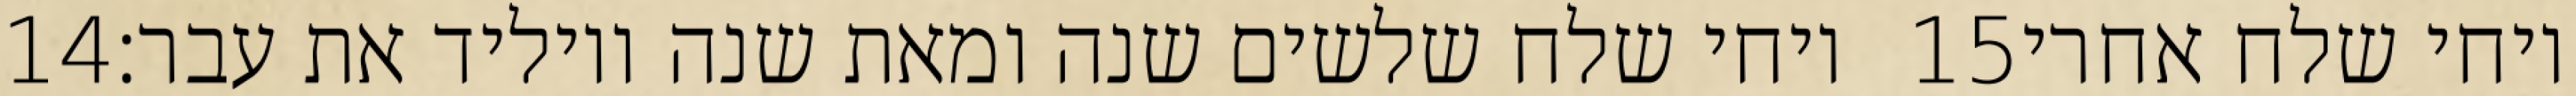
‎14‏ ויחי שלח שלשים שנה ומאת שנה ויוליד את עבר׃ ‎15‏ ויחי שלח אחרי